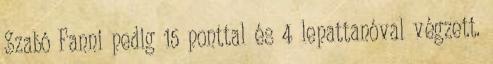
Szabó Fanni pedig 15 ponttal és 4 lepattanóval végzett.